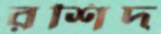
রশিদ